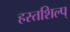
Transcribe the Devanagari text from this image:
हस्तशिल्प्